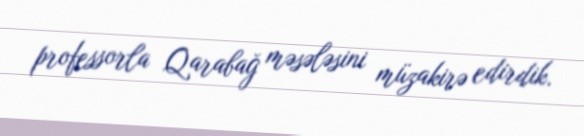
professorla Qarabağ məsələsini müzakirə edirdik.